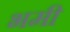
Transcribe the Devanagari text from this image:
भमी